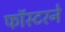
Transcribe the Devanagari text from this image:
फॉस्टरने